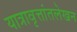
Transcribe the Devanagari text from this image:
यात्रावृत्तांतलेखन